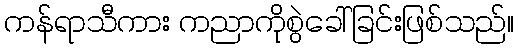
ကန်ရာသီကား ကညာကိုစွဲခေါ်ခြင်းဖြစ်သည်။